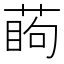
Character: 𦶔